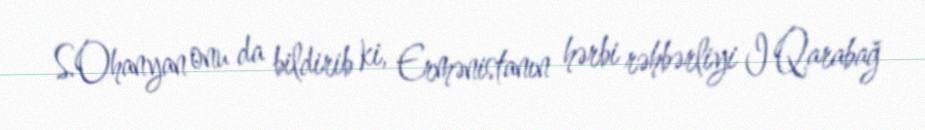
S.Ohanyan onu da bildirib ki, Ermənistanın hərbi rəhbərliyi I Qarabağ